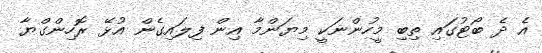
އެ ދެ ބޯޓުގައި ތިބި މީހުންނަކީ މިޔަންމާ އިން ފިލައިގެން އުޅޭ ރޮހިންގްޔާ